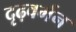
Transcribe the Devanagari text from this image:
दृढ़वर्मन